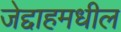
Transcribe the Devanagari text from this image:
जेद्दाहमधील